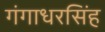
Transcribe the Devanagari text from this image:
गंगाधरसिंह